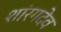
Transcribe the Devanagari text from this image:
शांरगदेव